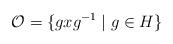
LaTeX: \begin{align*}{\cal O} = \{ g x g^{-1} \mid g \in H \} \end{align*}